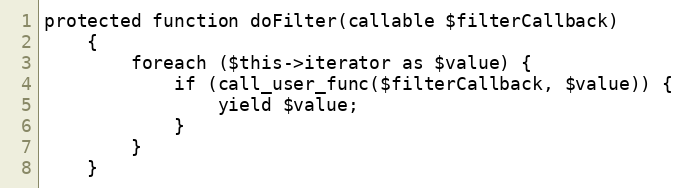
Language: PHP
protected function doFilter(callable $filterCallback)
    {
        foreach ($this->iterator as $value) {
            if (call_user_func($filterCallback, $value)) {
                yield $value;
            }
        }
    }